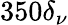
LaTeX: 350\delta_{\nu}